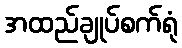
အထည်ချုပ်စက်ရုံ